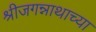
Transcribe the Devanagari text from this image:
श्रीजगन्नाथाच्या